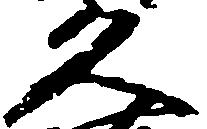
久